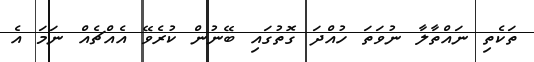
ތަކެތި ނައްތާލާ ނުވަތަ ހުއްދަ ގޮތުގައި ބޭނުން ކުރެވޭ އެއްޗެއް ނަމަ އެ